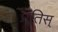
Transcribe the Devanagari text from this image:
प्रतिस्